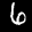
Label: 6